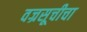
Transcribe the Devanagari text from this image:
वज्रसूचीचा